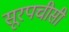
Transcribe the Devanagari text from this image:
सूरपचीसी